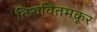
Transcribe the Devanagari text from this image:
तिरुवितमकूर